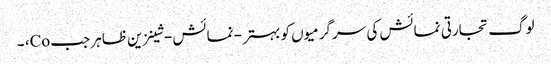
لوگ تجارتی نمائش کی سرگرمیوں کو بہتر - نمائش - شینزین ظاہر جب Co، ۔